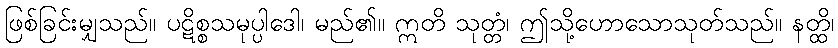
ဖြစ်ခြင်းမျှသည်။ ပဋိစ္စသမုပ္ပါဒေါ၊ မည်၏။ ဣတိ သုတ္တံ၊ ဤသို့ဟောသောသုတ်သည်။ နတ္ထိ၊